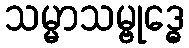
သမ္မာသမ္ဗုဒ္ဓေ